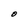
Character: O